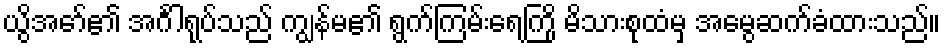
ယွိအော်၏ အင်္ဂါရုပ်သည် ကျွန်မ၏ ရွက်ကြမ်းရေကြို မိသားစုထံမှ အမွေဆက်ခံထားသည်။